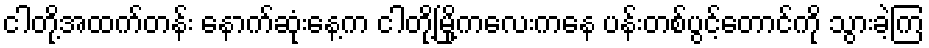
ငါတို့အထက်တန်း နောက်ဆုံးနေ့က ငါတို့မြို့ကလေးကနေ ပန်းတစ်ပွင့်တောင်ကို သွားခဲ့ကြ